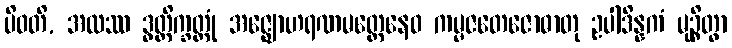
ပိဝတိ, အထဿ ဒွတ္တိက္ခတ္တုံ အဇ္ဈောဟရဏမတ္တေနေဝ ကမ္မဇတေဇောဓာတု ဥပါဒိန္နကံ မုဉ္စိတွာ